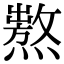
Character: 𤏺